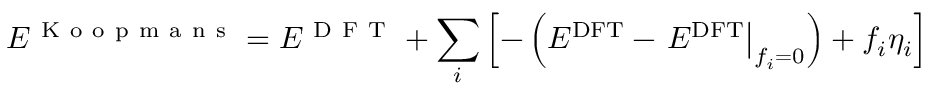
E ^ { \mathrm { ~ K ~ o ~ o ~ p ~ m ~ a ~ n ~ s ~ } } = { E ^ { \mathrm { ~ D ~ F ~ T ~ } } } + \sum _ { i } \left[ - \left( E ^ { \mathrm { D F T } } - \left. E ^ { \mathrm { D F T } } \right| _ { f _ { i } = 0 } \right) + f _ { i } \eta _ { i } \right]